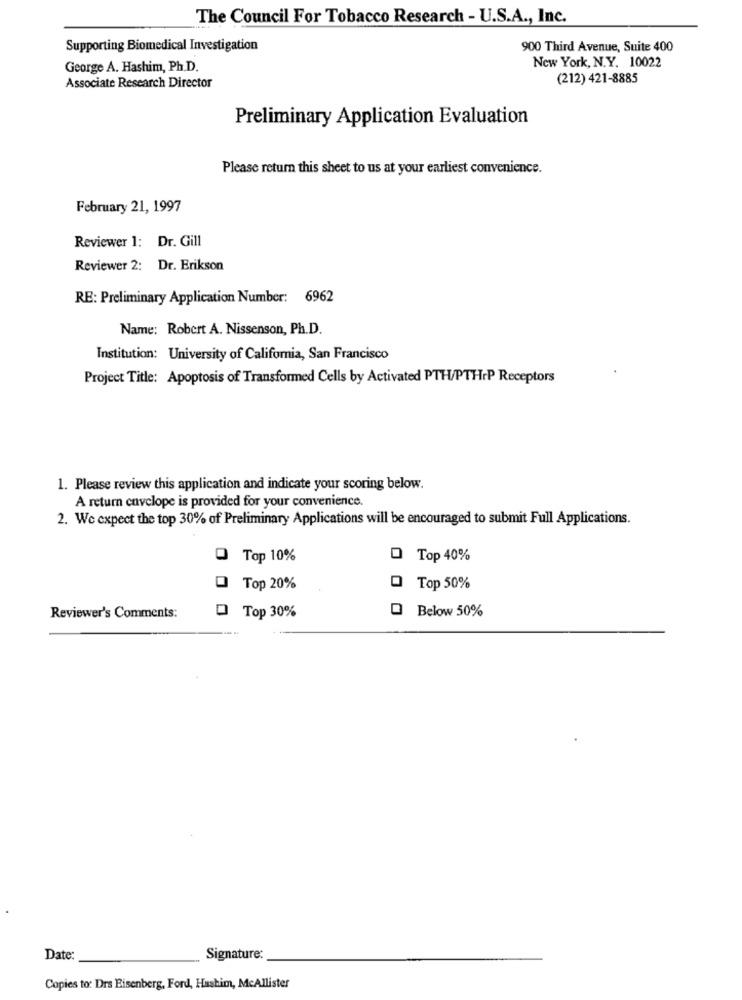
The Council For Tobacco Research - U.S.A ., Inc.
Supporting Biomedical Investigation
900 Third Avenue, Suite 400
George A. Hashim, Ph.D.
New York, N.Y. 10022
(212) 421-8885
Associate Research Director
Preliminary Application Evaluation
Please return this sheet to us at your earliest convenience.
February 21, 1997
Reviewer 1: Dr. Gill
Reviewer 2: Dr. Erikson
RE: Preliminary Application Number: 6962
Name: Robert A. Nissenson, Ph.D.
Institution: University of California, San Francisco
Project Title: Apoptosis of Transformed Cells by Activated PTH/PTHrP Receptors
1. Please review this application and indicate your scoring below.
A return envelope is provided for your convenience.
2. We expect the top 30% of Preliminary Applications will be encouraged to submit Full Applications.
O Top 10%
O Top 40%
0 Top 20%
0 Top 50%
Below 50%
Reviewer's Comments:
D Top 30%
Date:
Signature:
Copies to: Drs Eisenberg, Ford, Hashim, McAllister